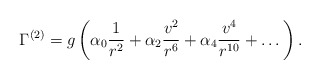
\begin{align*}\Gamma^{(2)}=g \left( \alpha_0 {1 \over r^2} +\alpha_2 { v^2 \over r^6} +\alpha_4 {v^4 \over r^{10}} +\dots \right).\end{align*}